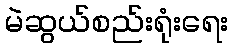
မဲဆွယ်စည်းရုံးရေး